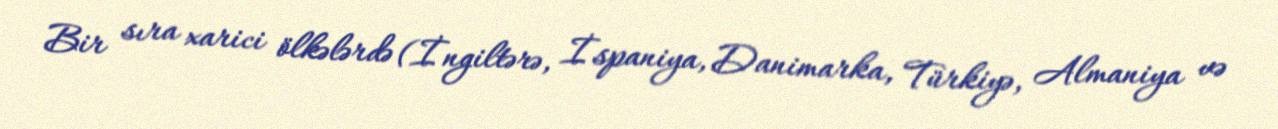
Bir sıra xarici ölkələrdə (İngiltərə, İspaniya, Danimarka, Türkiyə, Almaniya və